Vana-Antsla_vallavalitsus, lk 6
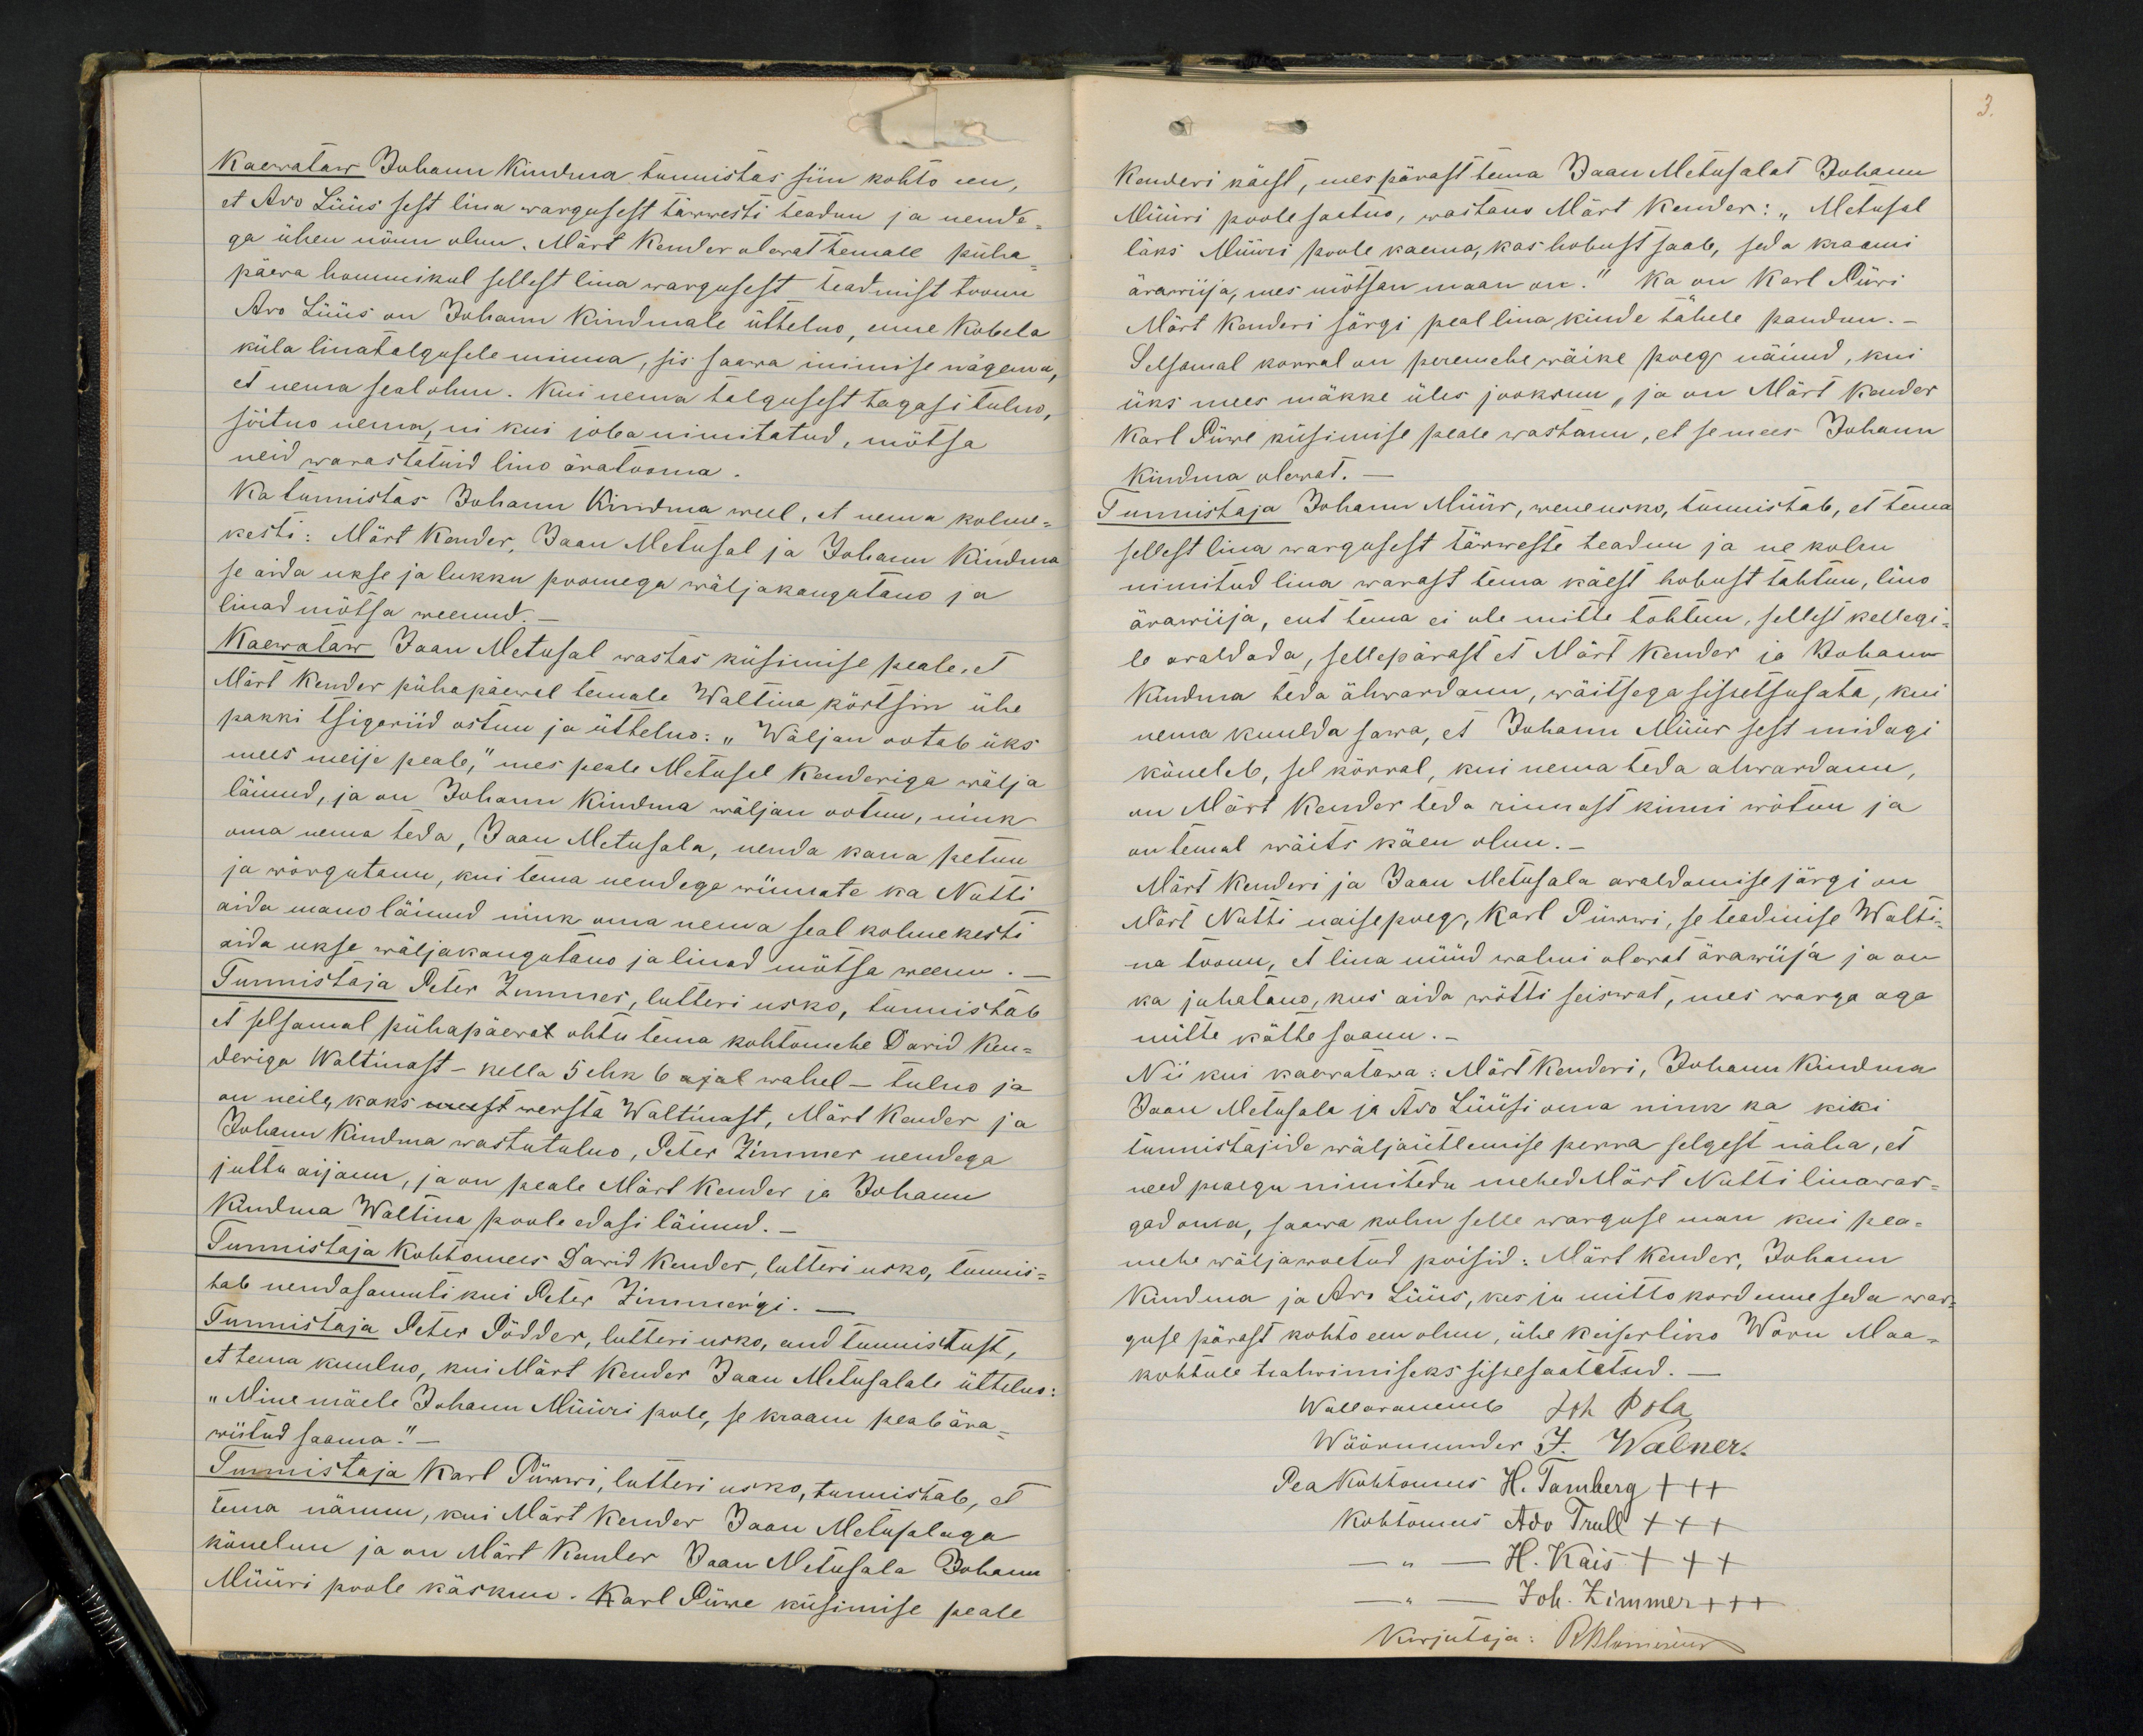
3.

Kaewataw Juhann Kiudma tunnistas siin kohto een,
et Ado Lüüs sest lina wargusest täwwesti teadnu ja nende-
ga ühen nõun olnu. Märt Kender olewat temale püha-
päeva hommikul sellest lina wargusest teadmist toonu
Ado Lüüs on Johann Kiudmale üttelno, uue Kobela
küla linatalgusele minna, sis saawa inimise nägema,
et nema seal olnu. Kui nema talgusest tagasi tulno,
sõitno minema, nii kui juba nimetatud, mõtsa
neid warastatuid lino äratooma
Ka tunnistas Johann Kiudma weel, et nema kolme-
kesti: Märt Kender, Jaan Metusal ja Johann Kiudma
se aida ukse ja lukku poomega wäljakangutano ja
linad mõtsa weenud
Kaewataw Jaan Metusal wastas küsimise peale, et
Märt Kender pühapäewal temale Waltina kõrtsin ühe
pakki tsigariid ostnu ja üttelno: "Wäljan ootab üks
mees meije peale," mes peale Metusal Kenderiga wälja
läinud, ja on Johann Kiudma wäljan ootnu, nink
oma nema teda, Jaan Metusala, nenda kaua petnu
ja wõrgutanu, kui tema nendega wiimate ka Nutti
aida mano läinud nink oma nema seal kolmekesti
aida ukse wäljakangutanu ja linad mõtsa weenu.
Tunnistaja Peter Zimmer, lutteri usko, tunnistab
et selsamal pühapäewal õhtu tema kohtomehe David Ken-
deriga Waltinast - kella 5 ehk 6 ajal wahel - tulno ja
Johann Kiudma wastutulno, Peter Zimmer nendega
on neile, kaks meest wersta Waltmast, Märt Kender ja
juttu aijanu, ja on peale Märt Kunder ja Johann
Kiudma Waltina poole edasi läinud.
Tunnistaja Kohtomees Dawid Kender, lutteri usko, tunnis-
tab nendasamuti kui Peter Zimmer'gi. -
Tunnistaja Peter Põdder, lutteri usko, and tunnistust,
et tema kuulno, kui Märt Kender Jaan Metusalale üttelno:
"Mine mäele Johann Müüri pole, se kraam peab ära-
wiitud saama."
Tunnistaja Karl Püwwi, lutteri usko, tunnistab, et
tema näinu, kui Märt Kender Jaan Metusalaga
kõnelnu ja on Märt Kender Jaan Metusala Johann
Müüri poole käsknu. Karl Püwe küsimise peale

Kenderi käest, mes pärast tema Jaan Metusalat Johann
Müüri poole saatno, wastano Märt Kender: "Metusal
läks Müüri poole kaema, kas hobust saab, seda kraami
ärawiija, mes mõtsan maan on." Ka on Karl Püwi
Märt Kenderi särgi peal lina kiude tähele pandnu.-
Selsamal korral on peremehe wäike poeg näinud, kui
üks mees mäkke üles jooksnu, ja on Märt Kender
Karl Püwe küsimise peale wastanu, et se mees Johann
Kiudma olewat.
Tunnistaja Johann Müür, wene usko, tunnistab, et tema
sellest lina wargusest täwweste teadnu ja ne kolm
nimitud lina warast tema käest hobust tahtnu, lino
ärawiija, ent tema ei ole mitte tohtnu, sellest kellegi-
le avaldada, sellepärast et Märt Kender ia Johann
Kiudma teda ähwardanu, wäitsaga sissetsusata, kui
nema kuulda sawa, et Johann Müür sest midagi
kõneleb, sel kõrral, kui nema teda ahwardanu,
on Märt Kender teda rinnast kinni wõtnu ja
on temal wäits käen olnu.
Märt Kenderi ja Jaan Metusala awaldamise järgi on
Mart Nutti naise poeg, Karl Püwwi, se teadmise Walti-
na toonu, et lina nüüd walmi olewat ärawiija ja on
ka juhatano, kus aida wõtti seiswat, mes warga aga
mitte kätte saanu. -
Nii kui kaewatawa: Märt Kenderi, Johann Kiudma
Jaan Metusala ja Ado Lüüsi oma nink ka kiki
tunnistajide wäljäütlemise perra selgest näha, et
need praegu nimitedu mehed Märt Nutti linawar-
gad oma, saawa kuhu selle warguse man kui pea-
mehe wäljawoetud poisid: Märt Kender, Johann
Kiudma ja Ado Lüüs, kes iu mitto kord enne seda war-
guse pärast kohto een olnu, ühe Keiserliko Wõru Maa-
kohtule trahwimiseks sissesaatetud.
Wallawanemb Joh Pola
Wöörmunder J. Walner
Pea Kohtomees H. Tamberg +++
Kohtomees Ado Trull +++
- " - H. Kais +++
- " - Joh. Zimmer +++
Kirjutaja: RKlemesiu